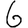
Digit: 6